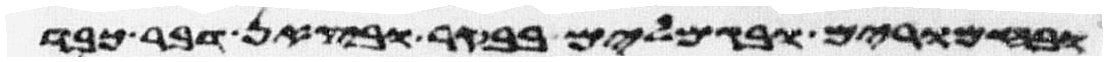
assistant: ובחמרים ובגמלים בבקר ובצאן דבר כבד